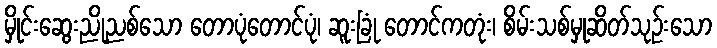
မှိုင်းဆွေးညိုညစ်သော တောပုံတောင်ပုံ၊ ဆူးခြုံ တောင်ကတုံး၊ စိမ်းသစ်မှုဆိတ်သုဉ်းသော